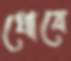
ধোবে